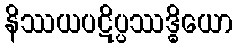
နိဿယပဋိပ္ပဿဒ္ဓိယော